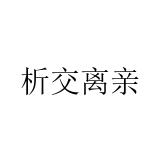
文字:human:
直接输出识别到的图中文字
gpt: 析交离亲